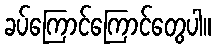
ခပ်ကြောင်ကြောင်တွေပါ။